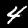
Label: 4